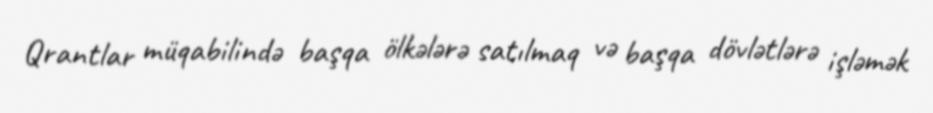
Qrantlar müqabilində başqa ölkələrə satılmaq və başqa dövlətlərə işləmək